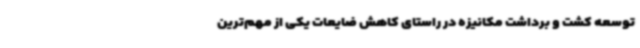
توسعه کشت و برداشت مکانیزه در راستای کاهش ضایعات یکی از مهم‌ترین